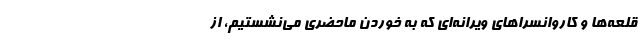
قلعه‌ها و کاروانسراهای ویرانه‌ای که به خوردنِ ماحضری می‌نشستیم، از